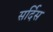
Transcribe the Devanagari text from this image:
सर्दिस